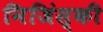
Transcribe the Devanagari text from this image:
निजिंस्की